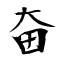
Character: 奋